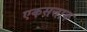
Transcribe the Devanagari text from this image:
एकसत्ताक